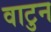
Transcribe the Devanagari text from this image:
वाटुन